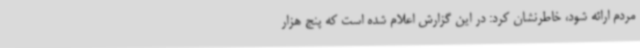
مردم ارائه شود، خاطرنشان کرد: در این گزارش اعلام شده است که پنج هزار